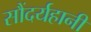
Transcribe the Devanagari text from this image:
सौंदर्यहानी